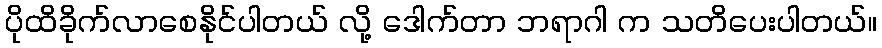
ပိုထိခိုက်လာစေနိုင်ပါတယ် လို့ ဒေါက်တာ ဘရာဂါ က သတိပေးပါတယ်။